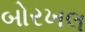
બોરખલ